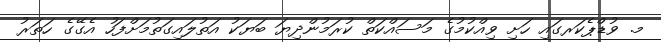
މ. ވުޑްޕެކަރގައި ހަށި ވިއްކުމުގެ މަސައްކަތް ކުރަމުންދިޔަ ބަޔަކު އަތުލައިގަތުމަށްފަހު އެގޭގެ ހަތަރު